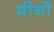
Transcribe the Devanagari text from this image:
मीनों